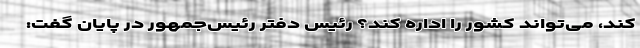
کند، می‌تواند کشور را اداره کند؟ رئیس دفتر رئیس‌جمهور در پایان گفت: